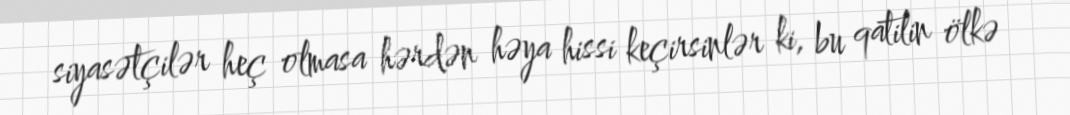
siyasətçilər heç olmasa hərdən həya hissi keçirsinlər ki, bu qatilin ölkə